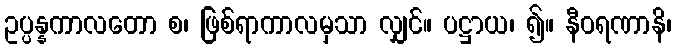
ဥပ္ပန္နကာလတော စ၊ ဖြစ်ရာကာလမှသာ လျှင်။ ပဋ္ဌာယ၊ ၍။ နီဝရဏာနိ၊